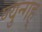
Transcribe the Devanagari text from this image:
ण्युन्गह्